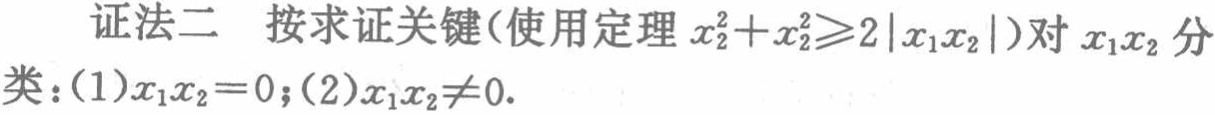
证法二 按求证关键(使用定理 \(x_{1}^{2}+x_{2}^{2}\geqslant2|x_{1}x_{2}|\))对 \(x_{1}x_{2}\) 分类：(1)\(x_{1}x_{2}=0\);(2)\(x_{1}x_{2}\neq0\).